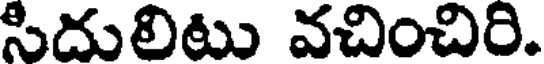
సిదులిటు వచించిరి.